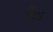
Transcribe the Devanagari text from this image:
बॅँंड